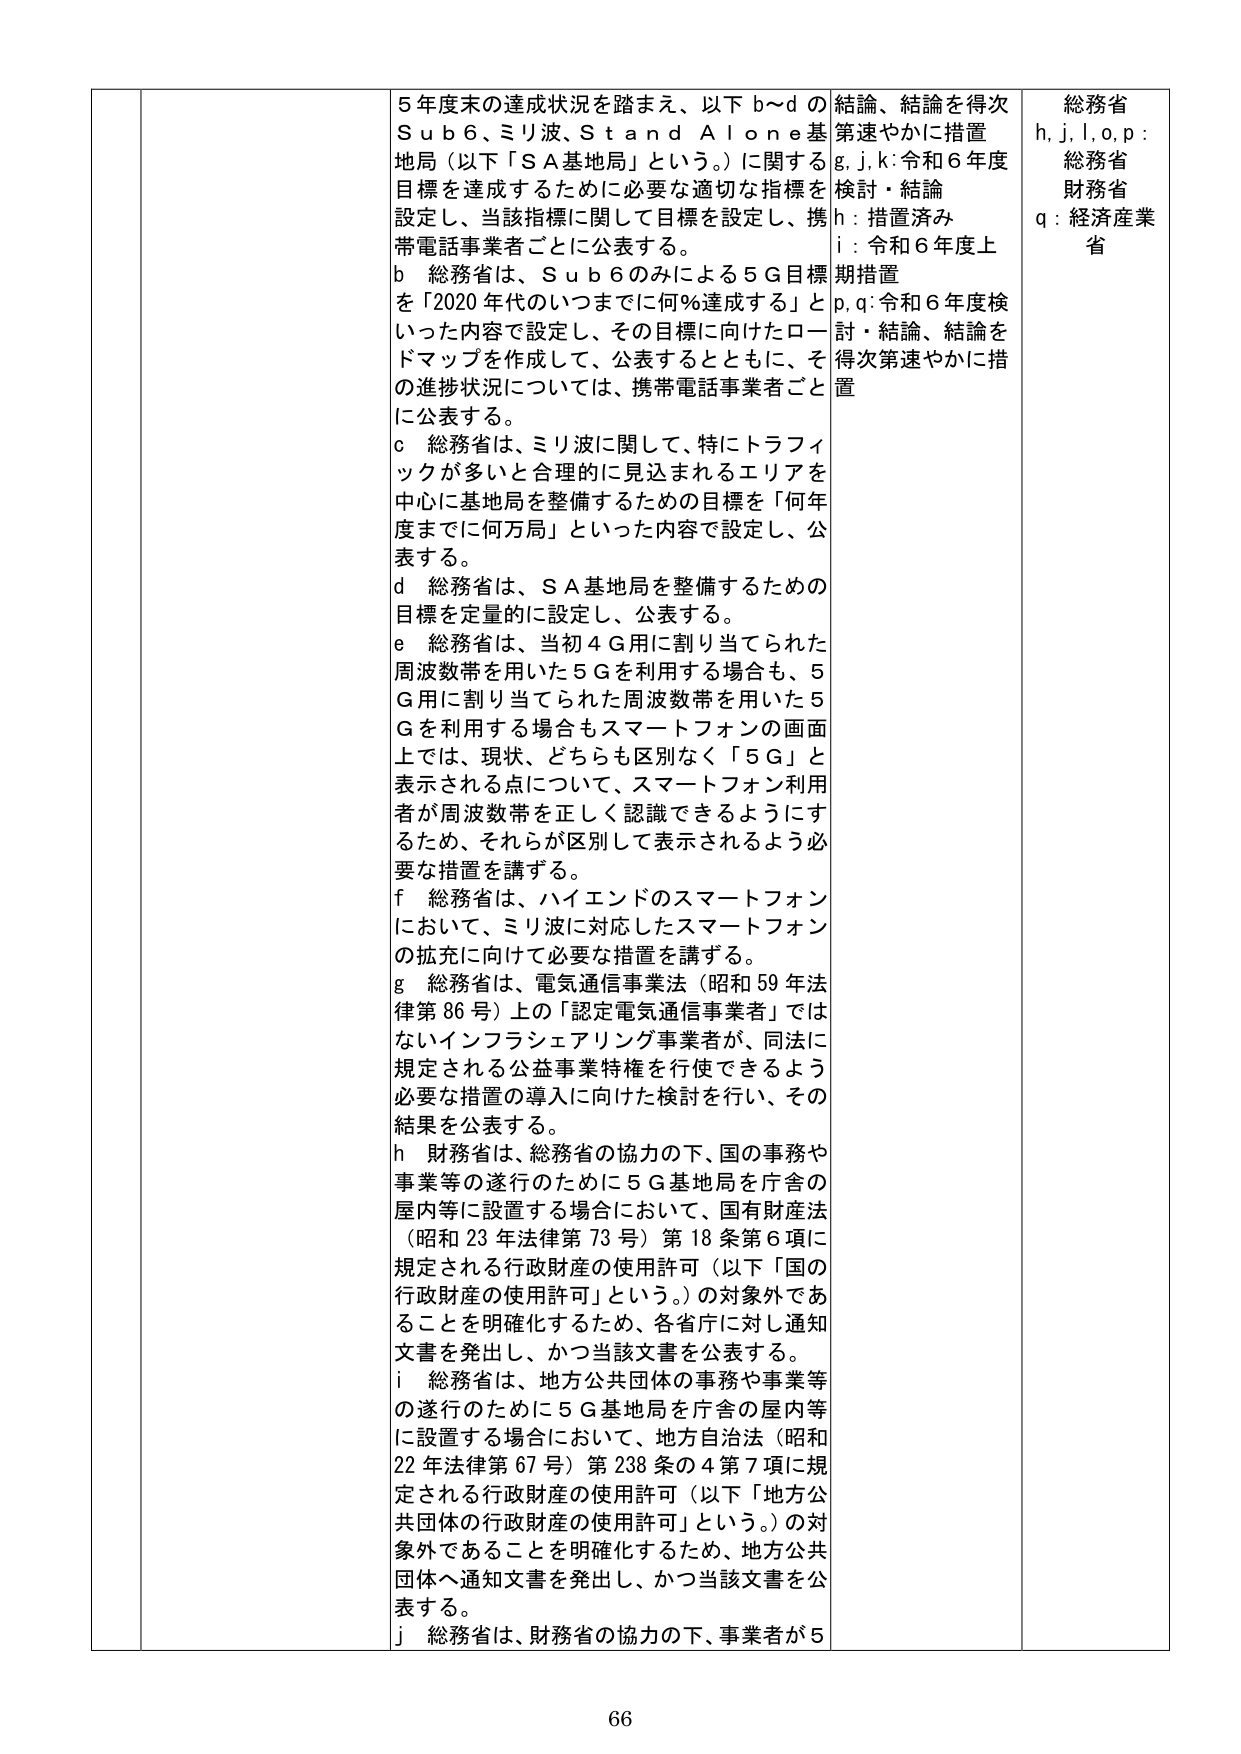
5年度末の達成状況を踏まえ、以下b〜dのSub6、ミリ波、Stand Alone基地局（以下「SA基地局」という。）に関する目標を達成するために必要な適切な指標を設定し、当該指標に関して目標を設定し、携帯電話事業者ごとに公表する。

b 総務省は、Sub6のみによる5G目標を「2020年代のいつまでに何％達成する」といった内容で設定し、その目標に向けたロードマップを作成して、公表するとともに、その進捗状況については、携帯電話事業者ごとに公表する。

c 総務省は、ミリ波に関して、特にトラフィックが多いと合理的に見込まれるエリアを中心に基地局を整備するための目標を「何年度までに何万局」といった内容で設定し、公表する。

d 総務省は、SA基地局を整備するための目標を定量的に設定し、公表する。

e 総務省は、当初4G用に割り当てられた周波数帯を用いた5Gを利用する場合も、5G用に割り当てられた周波数帯を用いた5Gを利用する場合もスマートフォンの画面上では、現状、どちらも区別なく「5G」と表示される点について、スマートフォン利用者が周波数帯を正しく認識できるようにするため、それらが区別して表示されるよう必要な措置を講ずる。

f 総務省は、ハイエンドのスマートフォンにおいて、ミリ波に対応したスマートフォンの拡充に向けて必要な措置を講ずる。

g 総務省は、電気通信事業法（昭和59年法律第86号）上の「認定電気通信事業者」ではないインフラシェアリング事業者が、同法に規定される公益事業特権を行使できるよう必要な措置の導入に向けた検討を行い、その結果を公表する。

h 財務省は、総務省の協力の下、国の事務や事業等の遂行のために5G基地局を庁舎の屋内等に設置する場合において、国有財産法（昭和23年法律第73号）第18条第6項に規定される行政財産の使用許可（以下「国の行政財産の使用許可」という。）の対象外であることを明確化するため、各省庁に対し通知文書を発出し、かつ当該文書を公表する。

i 総務省は、地方公共団体の事務や事業等の遂行のために5G基地局を庁舎の屋内等に設置する場合において、地方自治法（昭和22年法律第67号）第238条の4第7項に規定される行政財産の使用許可（以下「地方公共団体の行政財産の使用許可」という。）の対象外であることを明確化するため、地方公共団体へ通知文書を発出し、かつ当該文書を公表する。

j 総務省は、財務省の協力の下、事業者が5

結論、結論を得次第速やかに措置
g, j, k: 令和6年度検討・結論
h: 措置済み
i: 令和6年度上期措置
p, q: 令和6年度検討・結論、結論を得次第速やかに措置

総務省
h, j, l, o, p: 総務省
財務省
q: 経済産業省

66